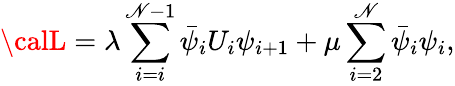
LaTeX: {\calL}=\lambda\sum_{i=i}^{\mathscr{N}-1}\bar{{\psi}}_{i}U_{i}\psi_{i+1}+\mu\sum_{i=2}^{\mathscr{N}}\bar{{\psi}}_{i}\psi_{i},